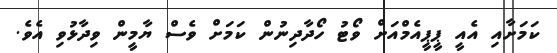
ކަމަށާއި އެއީ ޕީޕީއެމްއަށް ވޯޓު ހޯދާދިނުން ކަމަށް ވެސް ޔާމީން ވިދާޅުވި އެވެ.